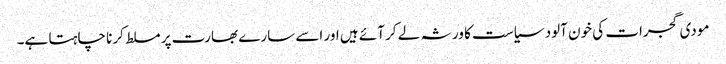
مودی گجرات کی خون آلود سیاست کا ورثہ لے کر آئے ہیں اور اسے سارے بھارت پر مسلط کرنا چاہتا ہے۔